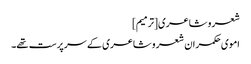
شعر و شاعری[ترمیم]
اموی حکمران شعر و شاعری کے سرپرست تھے۔